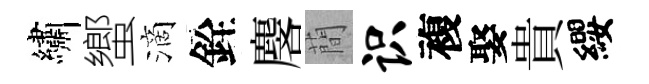
繡蠁滴銓麐蕳识複娶貴纓